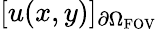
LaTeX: [u(x,y)]_{\partial\Omega_{\textrm{FOV}}}